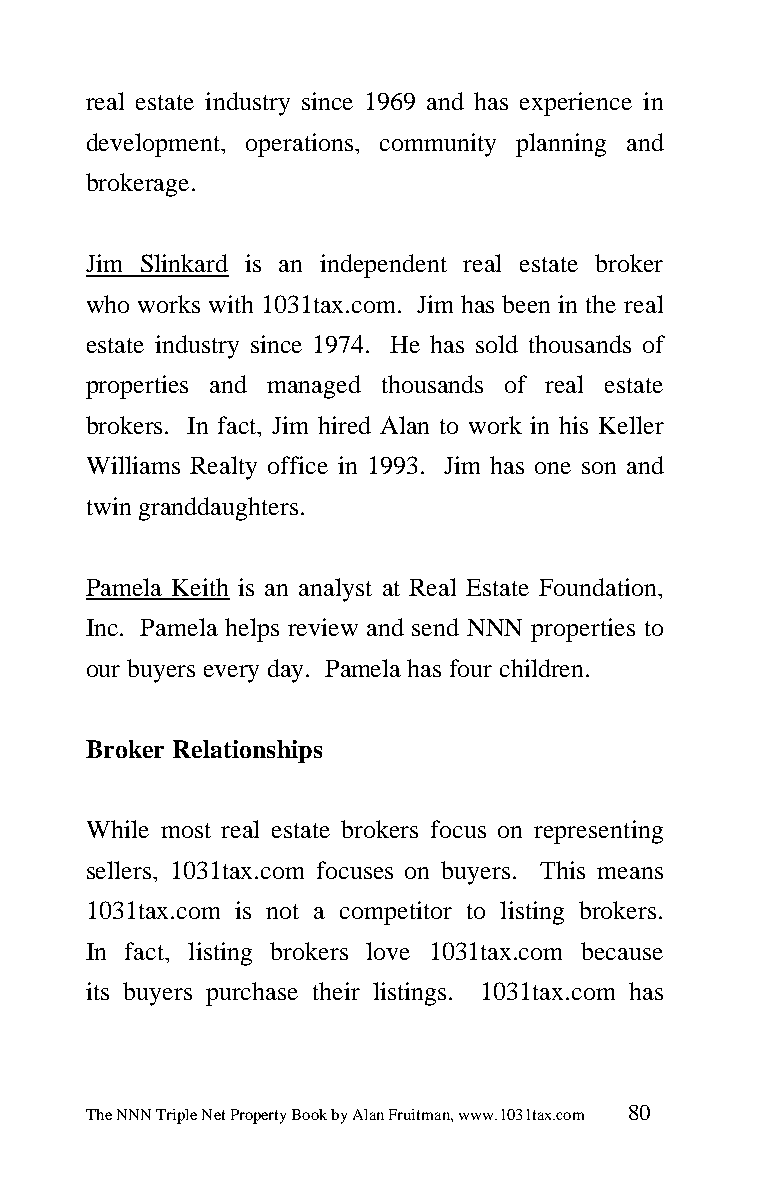
real estate industry since 1969 and has experience in
 development, operations, community planning and
 brokerage.
 Jim Slinkard is an independent real estate broker
 who works with 1031tax.com. Jim has been in the real
 estate industry since 1974. He has sold thousands of
 properties and managed thousands of real estate
 brokers. In fact, Jim hired Alan to work in his Keller
 Williams Realty office in 1993. Jim has one son and
 twin granddaughters.
 Pamela Keith is an analyst at Real Estate Foundation,
 Inc. Pamela helps review and send NNN properties to
 our buyers every day. Pamela has four children.
 Broker Relationships
 While most real estate brokers focus on representing
 sellers, 1031tax.com focuses on buyers. This means
 1031tax.com is not a competitor to listing brokers.
 In fact, listing brokers love 1031tax.com because
 its buyers purchase their listings. 1031tax.com has
 The NNN Triple Net Property Book by Alan Fruitman, www.1031tax.com 80